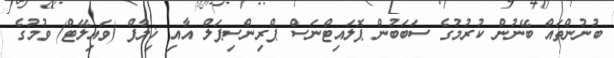
ބުނުންތައް ބޭނުން ކުރުމުގެ ސަބަބުން ޕޮލައިޓްނަސް ޕްރިންސިޕަލް އާއި ޚިލާފް (ވައިލޭޓް) ވުމުގެ